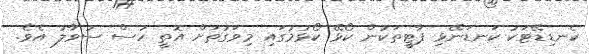
ކެނޑިޑޭޓަކު ކަނޑަނޭޅި ޕާޓީތަކުން ކޯޅޭ ކޯޅުމުގައި މިވަގުތަށް އޮތީ ހުސް ސުވާލު އެވެ.